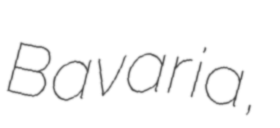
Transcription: Bavaria,